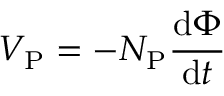
V _ { \mathrm { P } } = - N _ { \mathrm { P } } { \frac { \mathrm { d } \Phi } { \mathrm { d } t } }